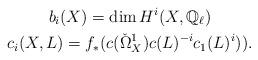
LaTeX: \begin{gather*}b_i(X) = \dim H^i(X, \mathbb{Q}_\ell)\\c_i(X, L) = f_*(c(\check{\Omega}^1_X)c(L)^{-i}c_1(L)^i)).\end{gather*}